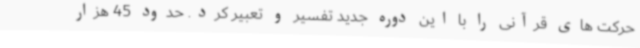
حرکت های قرآنی را با این دوره جدید تفسیر و تعبیر کرد. حدود 45 هزار